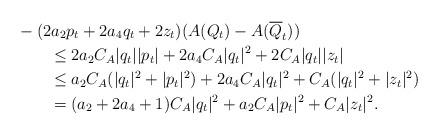
LaTeX: \begin{align*}& -(2 a_2 p_t+2a_4 q_t+2z_t)(A(Q_t)-A(\overline{Q}_t)) \\&\qquad\leq 2 a_2 C_A|q_t||p_t|+2a_4 C_A|q_t|^2+2 C_A|q_t||z_t| \\&\qquad\leq a_2 C_A (|q_t|^2+|p_t|^2)+2a_4 C_A|q_t|^2+C_A(|q_t|^2+|z_t|^2) \\&\qquad= (a_2+2a_4+1)C_A |q_t|^2+ a_2 C_A |p_t|^2+C_A |z_t|^2.\end{align*}